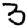
Digit: 3